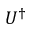
U ^ { \dagger }